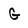
Character: G